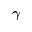
\gamma